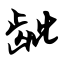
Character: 龇